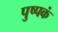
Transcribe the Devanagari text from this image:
पुष्‍पकं